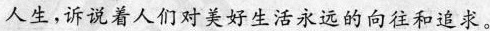
人生，诉说着人们对美好生活永远的向往和追求。